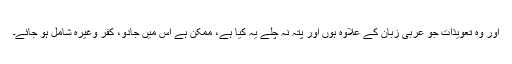
اور وہ تعویذات جو عربی زبان کے علاوہ ہوں اور پتہ نہ چلے یہ کیا ہے، ممکن ہے اس میں جادو، کفر وغیرہ شامل ہو جائے۔